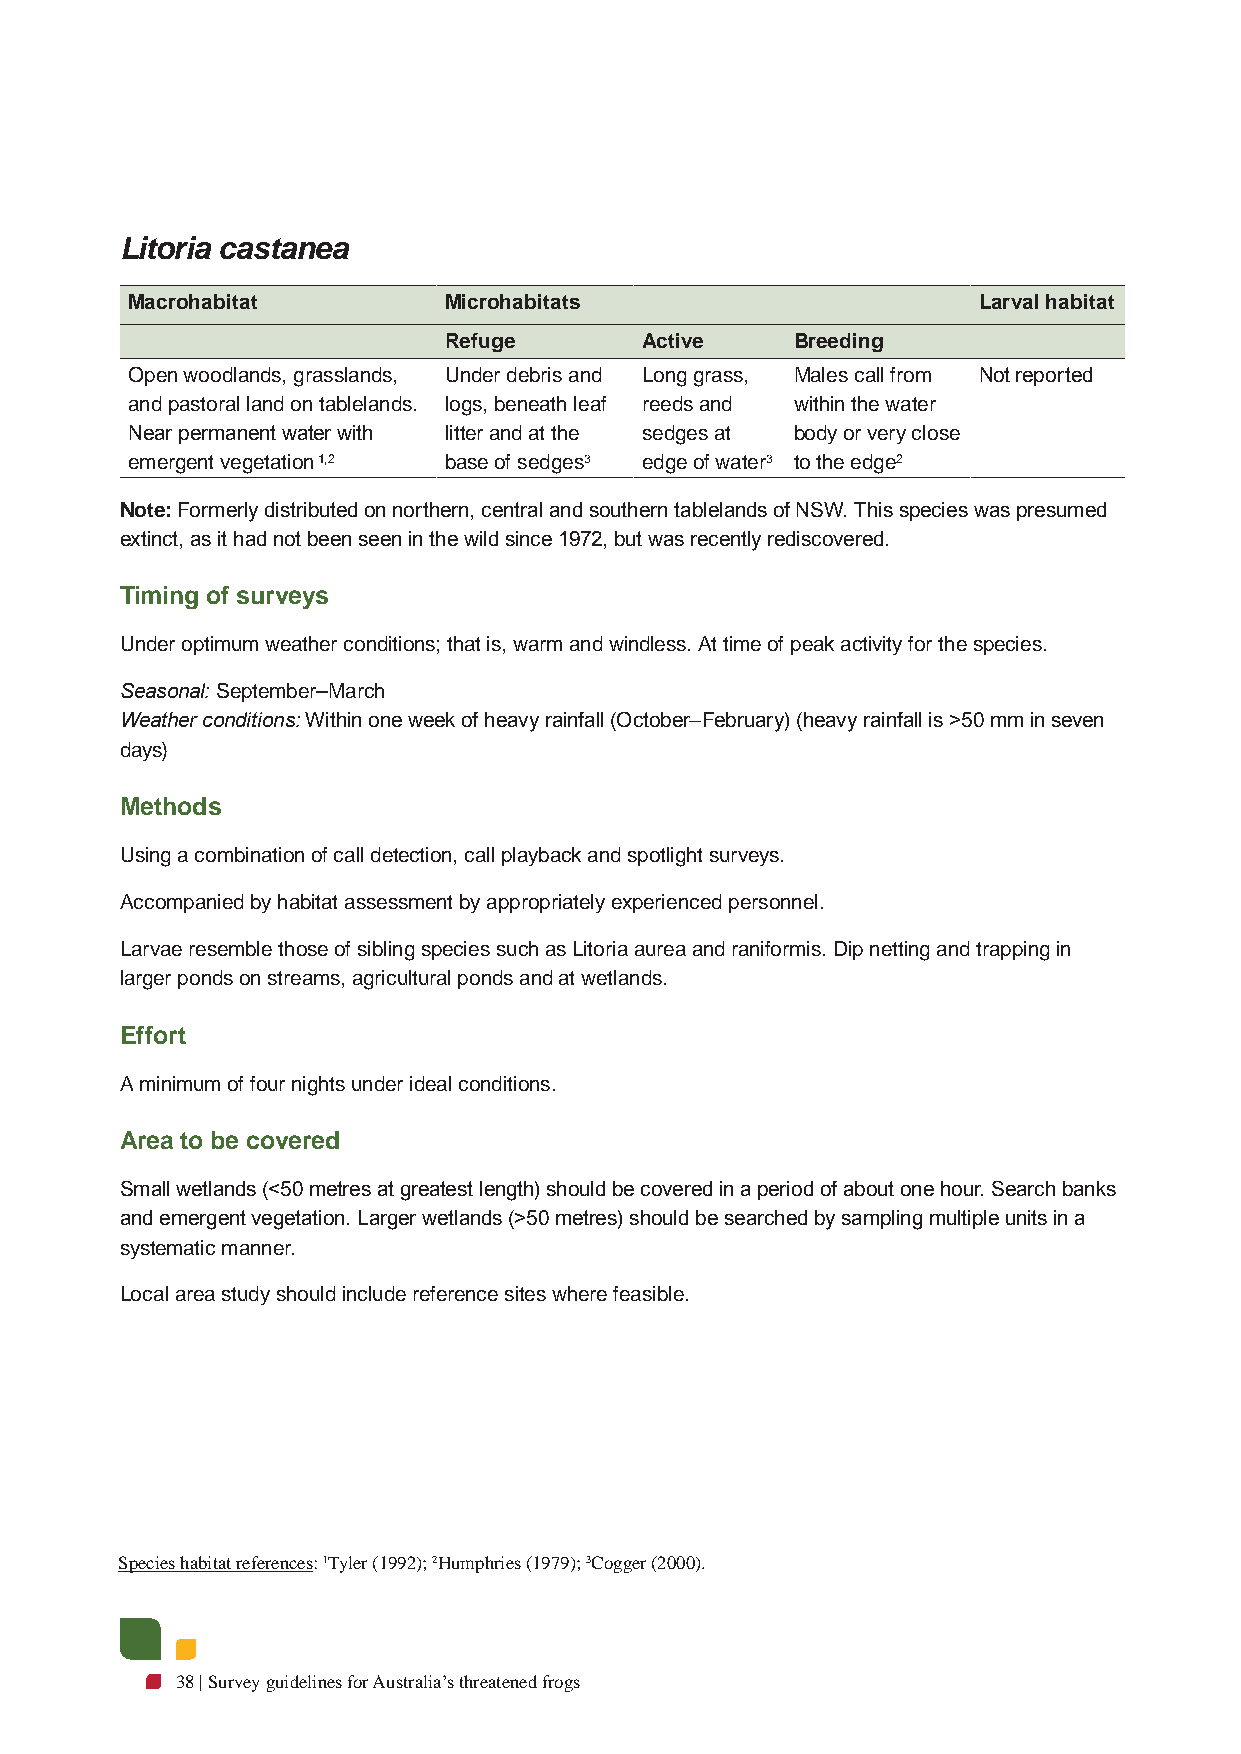
Litoria castanea
 Macrohabitat         Microhabitats                       Larval habitat
 Refuge       Active     Breeding
 Open woodlands, grasslands, Under debris and Long grass, Males call from Not reported
 and pastoral land on tablelands. logs, beneath leaf reeds and within the water
 Near permanent water with litter and at the sedges at body or very close
 emergent vegetation 1,2 base of sedges3 edge of water3 to the edge2
 Note: Formerly distributed on northern, central and southern tablelands of NSW. This species was presumed
 extinct, as it had not been seen in the wild since 1972, but was recently rediscovered.
 Timing of surveys
 Under optimum weather conditions; that is, warm and windless. At time of peak activity for the species.
 Seasonal: September–March
 Weather conditions: Within one week of heavy rainfall (October–February) (heavy rainfall is >50 mm in seven
 days)
 Methods
 Using a combination of call detection, call playback and spotlight surveys.
 Accompanied by habitat assessment by appropriately experienced personnel.
 Larvae resemble those of sibling species such as Litoria aurea and raniformis. Dip netting and trapping in
 larger ponds on streams, agricultural ponds and at wetlands.
 Effort
 A minimum of four nights under ideal conditions.
 Area to be covered
 Small wetlands (<50 metres at greatest length) should be covered in a period of about one hour. Search banks
 and emergent vegetation. Larger wetlands (>50 metres) should be searched by sampling multiple units in a
 systematic manner.
 Local area study should include reference sites where feasible.
 Species habitat references: 1Tyler (1992); 2Humphries (1979); 3Cogger (2000).
 38 | Survey guidelines for Australia’s threatened frogs